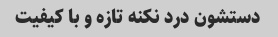
دستشون درد نکنه تازه و با کیفیت